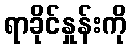
ရာခိုင်နှုန်းကို